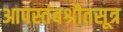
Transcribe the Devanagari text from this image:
आपस्तंबश्रौतसूत्र